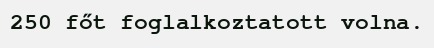
250 főt foglalkoztatott volna.